Distribution and causation of leprosy in British India
Year: 1875
Disease focus: Leprosy
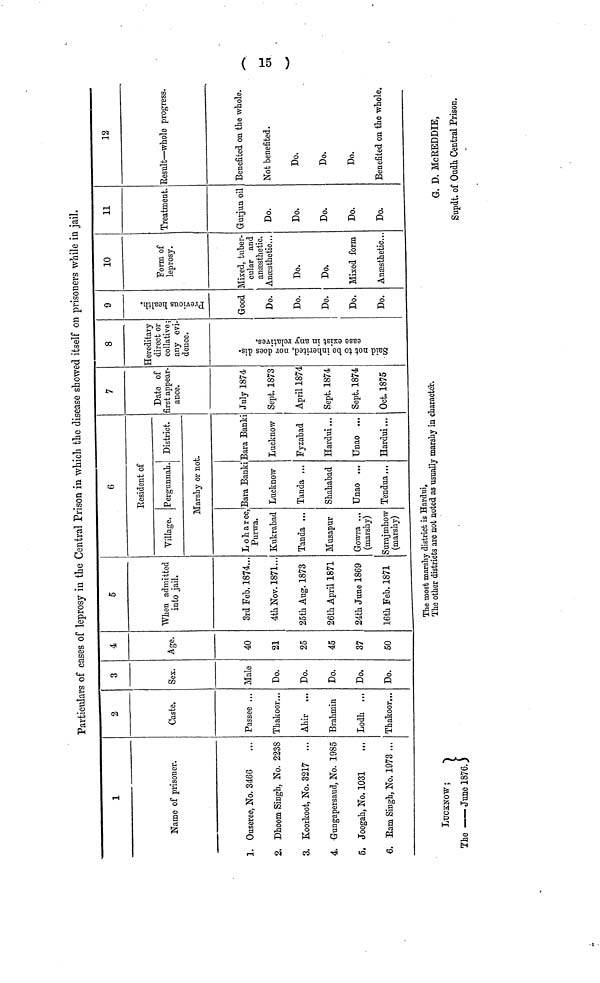
Particulars of cases of leprosy in the Central Prison in which the disease showed itself on prisoners while in jail.
1
Name of prisoner.
1. Ouseree, No. 3466
2. Dhoom Singh, No. 2238
3. Koorkoot, No. 3217
...
4. Gungapersaud, No. 1985
5. Joogah, No. 1031
6. Bam Singh, No. 1973 ...
2
Caste.
Passee ...
Thakoor...
Ahir ...
Brahmin
Lodh ...
Thakoor
3
Sex.
Male
Do.
Do.
Do.
Do.
Do.
4
Age.
40
21
25
45
37
50
5
When admitted
into jail.
3rd Feb. 1874
4th Nov. 1871...
25th Aug. 1873
26th April 1871
24th June 1869
16th Fe. 1871
6
Resident of
Village. Pergunnah. District.
Marshy or not.
L oha r ee,
Purwa.
Kukrabad
Tanda ...
Musapur
Gowra ...
(marshy)
Surajmhow
(marshy)
Bara Banki
Lucknow
Tanda ...
Shahabad
Unao ...
Tendua...
Bara Banki
Lucknow
Fyzabad
Hardui ...
Unao ...
Hardui,..
7
Date of
first appear-
ance.
July 1874
Sept. 1873
April 1874
Sept. 1874
Sept. 1874
Oct. 1875
8
Hereditary
direct or
collative ;
any evi-
dence.
9
Good
Do.
Do.
Do.
Do.
Do.
10
Form of
leprosy.
Mixed, tuber-
cular and
anæsthetic.
Anæsthetic...
Do.
Do.
Mixed form
Anæsthetic...
11
Treatment.
Gurjun oil
Do.
Do.
Do.
Do.
Do.
12
Result — whole progress.
Benefited on the whole.
Not benefited.
Do.
Do.
Do.
Benefited on the whole.
The most marshy district is Hardui.
The other districts are not noted as usually marshy in character.
LUCKNOW
G. D. McREDDIE,
The
June 1876.
Supdt. of Oudh Central Prison.
(15)